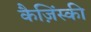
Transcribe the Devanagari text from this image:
कैज़िंस्की